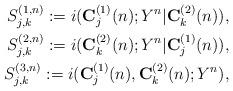
LaTeX: \begin{align*}S_{j,k}^{(1,n)}:=i({\bf C}^{(1)}_j(n); Y^n|{\bf C}^{(2)}_k (n)),\\S_{j,k}^{(2,n)}:=i({\bf C}^{(2)}_k(n); Y^n|{\bf C}^{(1)}_j (n)),\\S_{j,k}^{(3,n)}:=i({\bf C}^{(1)}_j(n),{\bf C}^{(2)}_k(n);Y^n),\end{align*}